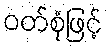
ဝတ်စုံဖြင့်